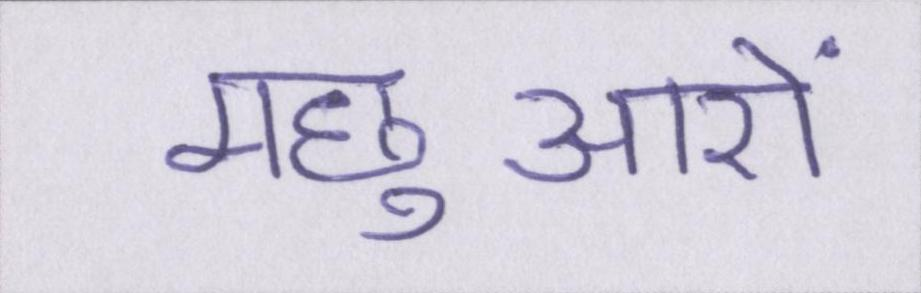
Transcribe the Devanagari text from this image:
मछुआरों